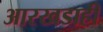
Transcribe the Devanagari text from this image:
आरखडाही